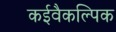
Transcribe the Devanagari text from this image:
कईवैकल्पिक